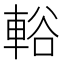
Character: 輍